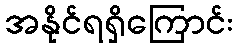
အနိုင်ရရှိကြောင်း